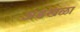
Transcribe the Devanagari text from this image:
अडखळा